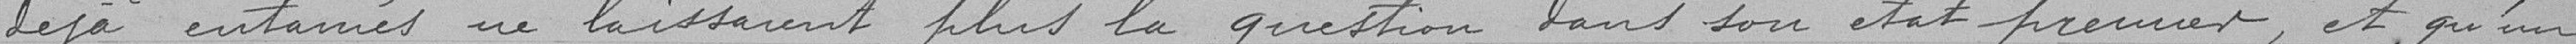
déjà entamés ne laissaient plus la question dans son état premier, et qu'un